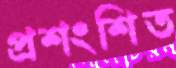
প্রশংশিত